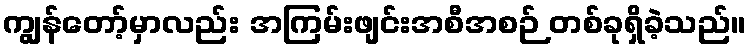
ကျွန်တော့်မှာလည်း အကြမ်းဖျင်းအစီအစဉ် တစ်ခုရှိခဲ့သည်။